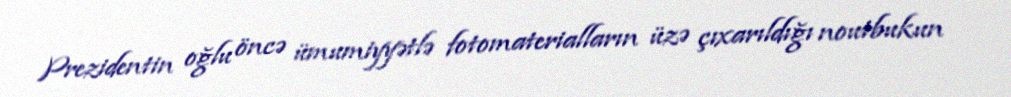
Prezidentin oğlu öncə ümumiyyətlə fotomaterialların üzə çıxarıldığı noutbukun